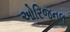
ઓરિજનલ